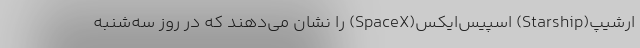
ارشیپ(Starship) اسپیس‌ایکس(SpaceX) را نشان می‌دهند که در روز سه‌شنبه